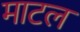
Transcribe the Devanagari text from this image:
माटल